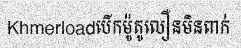
Khmerloadបើកម៉ូតូលឿនមិនពាក់